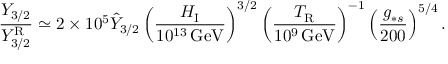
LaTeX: \frac { Y _ { 3 / 2 } } { Y _ { 3 / 2 } ^ { \mathrm { R } } } \simeq 2 \times 1 0 ^ { 5 } \hat { Y } _ { 3 / 2 } \left( \frac { H _ { \mathrm { I } } } { 1 0 ^ { 1 3 } \, \mathrm { G e V } } \right) ^ { 3 / 2 } \left( \frac { T _ { \mathrm { R } } } { 1 0 ^ { 9 } \, \mathrm { G e V } } \right) ^ { - 1 } \left( \frac { g _ { \ast s } } { 2 0 0 } \right) ^ { 5 / 4 } .